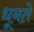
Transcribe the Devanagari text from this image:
धूमते